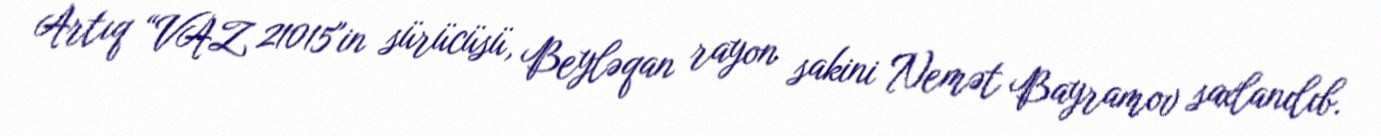
Artıq “VAZ 21015"in sürücüsü, Beyləqan rayon sakini Nemət Bayramov saxlanılıb.